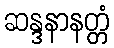
ဆန္ဒနာနတ္တံ